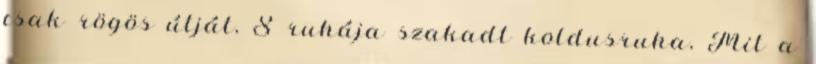
csak rögös útját, S ruhája szakadt koldusruha, Mit a